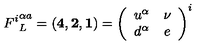
{ F ^ { i } } _ { L } ^ { \alpha a } = ( { \bf 4 } , { \bf 2 } , { \bf 1 } ) = \left( \begin{array} { c c } { u ^ { \alpha } } & { \nu } \\ { d ^ { \alpha } } & { e } \\ \end{array} \right) ^ { i }